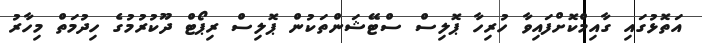
އަތޮޅުގައި ގާއިމްކޮށްފައިވާ ހުރިހާ ޕޮލިސް ސްޓޭޝަންތަކުން ޕޮލިސް ރިޕޯޓް ދޫކުރުމުގެ ހިދުމަތް މިހާރު